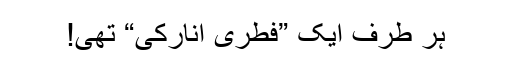
ہر طرف ایک ”فطری انارکی“ تھی!